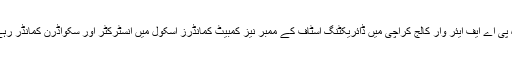
وہ پی اے ایف ایئر وار کالج کراچی میں ڈائریکٹنگ اسٹاف کے ممبر نیز کمبیٹ کمانڈرز اسکول میں انسٹرکٹر اور سکواڈرن کمانڈر رہے۔